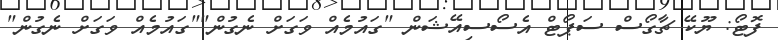
ފޮޓޯ: ޔޫކޭ ޗާގޯސް ސަޕޯޓް އެސޯސިއޭޝަން "ގައުމެއް ވަގަށް ނެގުން""ގައުމެއް ވަގަށް ނެގުން"